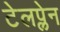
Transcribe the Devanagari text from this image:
टेलप्लेन